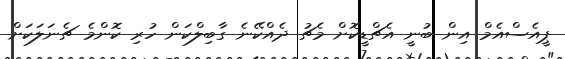
ޕީއެސްއެމް އިން ބުނީ އެޗްޑީކޮށް މެޗު ދެއްކޭނެ ގާބިލްކަން ހުރި ކޮންމެ ޗެނަލަކަށް